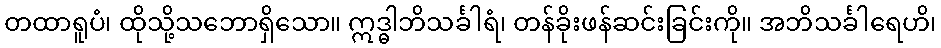
တထာရူပံ၊ ထိုသို့သဘောရှိသော။ ဣဒ္ဓါဘိသင်္ခါရံ၊ တန်ခိုးဖန်ဆင်းခြင်းကို။ အဘိသင်္ခါရေဟိ၊